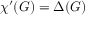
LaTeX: \chi ^ { \prime } ( G ) = \Delta ( G )